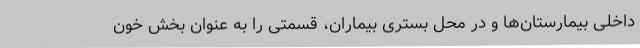
داخلی بیمارستان‌ها و در محل بستری بیماران، قسمتی را به عنوان بخش خون